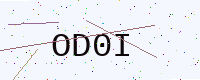
Text: OD0I